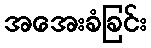
အအေးခံခြင်း